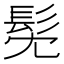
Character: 髧